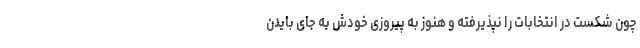
چون شکست در انتخابات را نپذیرفته و هنوز به پیروزی خودش به جای بایدن